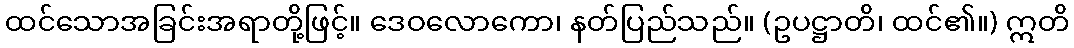
ထင်သောအခြင်းအရာတို့ဖြင့်။ ဒေဝလောကော၊ နတ်ပြည်သည်။ (ဥပဋ္ဌာတိ၊ ထင်၏။) ဣတိ